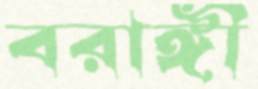
বরাঙ্গী